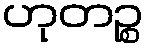
ဟုတဉ္စ